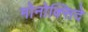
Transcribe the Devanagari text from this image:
मोनोक्सिदे